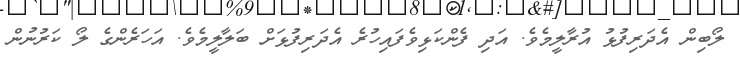
ލޯބިން އެދަރިފުޅު އުރާލީމެވެ. އަދި ފެންކަޅިވެފައިހުރެ އެދަރިފުޅަށް ބަލާލީމެވެ. އަހަރެންގެ ލޯ ކަރުނުން